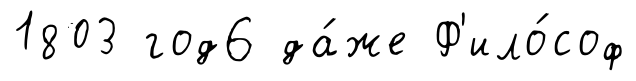
1803 год6 да́же Ф'ило́соф